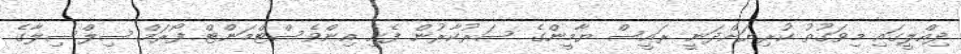
ދިއްލީގައި މިވަގުތު ކުރިޔަށްދަނީ ރައީސް ޔާމީންގެ ސަރުކާރުން ފެށި އިންވެސްޓްމަންޓް ފޯރަމް ސިލްސިލާގެ